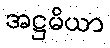
အဋ္ဌမိယာ